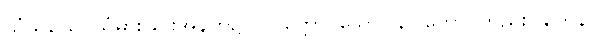
သံသယေ၊ ယုံမှားခြင်းအနက်၌။ ပဝတ္တော၊ သော။ နိပါတော၊ တည်း။ တေန၊